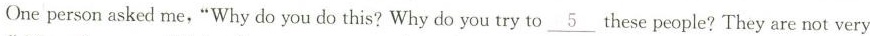
One person asked me,“Why do you do this? Why do you try to\underline{5} these people? They are not very